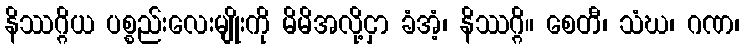
နိဿဂ္ဂိယ ပစ္စည်းလေးမျိုးကို မိမိအလို့ငှာ ခံအံ့၊ နိဿဂ္ဂိ။ စေတီ၊ သံဃ၊ ဂဏ၊